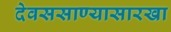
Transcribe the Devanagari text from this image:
देवससाण्यासारखा